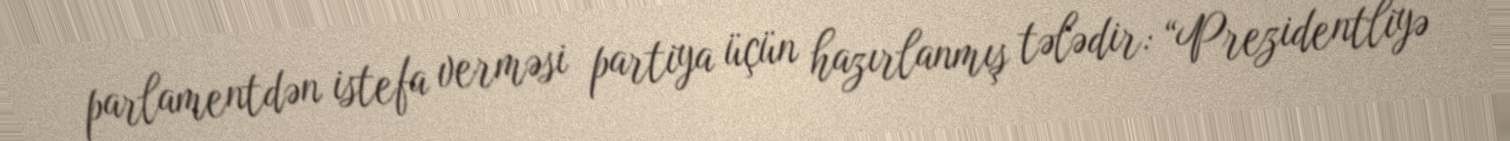
parlamentdən istefa verməsi partiya üçün hazırlanmış tələdir: “Prezidentliyə